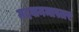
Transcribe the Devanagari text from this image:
मदवानमास्तर